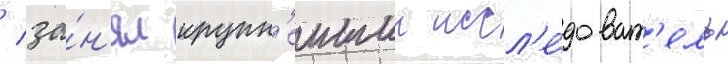
/ за́н'ял крупн'еишии иссл'е́доват'ель